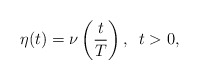
\begin{align*}\eta(t)=\nu\left(\frac{t}{T}\right),\,\,\, t>0, \end{align*}